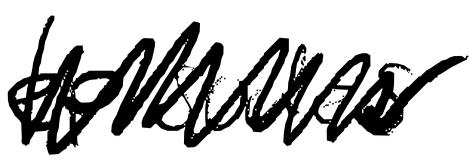
Text: episodes.
Cross-out: scratch
Writing tool: digital_black